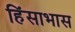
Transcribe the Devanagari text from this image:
हिंसाभास